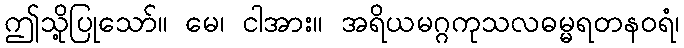
ဤသို့ပြုသော်။ မေ၊ ငါအား။ အရိယမဂ္ဂကုသလဓမ္မရတနဝရံ၊